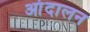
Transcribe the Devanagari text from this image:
आंदालन